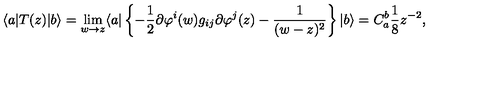
\langle a | T ( z ) | b \rangle = \lim _ { w \rightarrow z } \langle a | \left\{ - { \frac { 1 } { 2 } } \partial \varphi ^ { i } ( w ) g _ { i j } \partial \varphi ^ { j } ( z ) - { \frac { 1 } { ( w - z ) ^ { 2 } } } \right\} | b \rangle = C _ { a } ^ { b } { \frac { 1 } { 8 } } z ^ { - 2 } ,